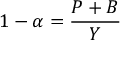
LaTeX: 1 - \alpha = { \frac { P + B } { Y } } \,